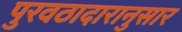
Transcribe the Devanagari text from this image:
पुरवठादारानुसार